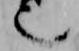
也